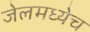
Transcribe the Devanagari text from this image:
जेलमध्येच